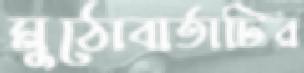
মুঠোবার্তাটির